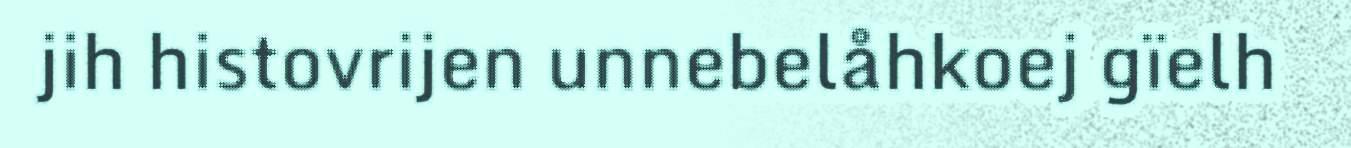
jih histovrijen unnebelåhkoej gïelh